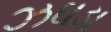
ઝઘડા